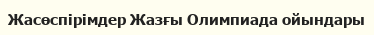
Жасөспірімдер Жазғы Олимпиада ойындары